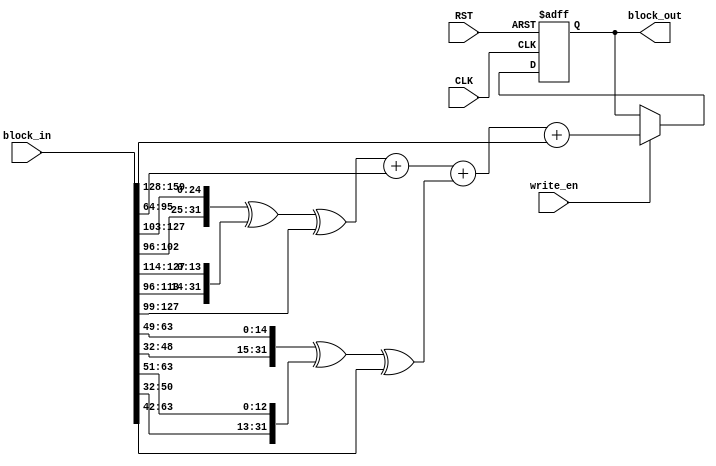
 //-------------------------------------------------------------------------------------------------//
//  Project		: SHA-2																		       //
//  Description	: Pipeline technique-based SHA512 Memory for Blockchain 			    		   //
//  Referents	: none.																		       //
//-------------------------------------------------------------------------------------------------//

module sha256_w_mem_for_pipeline_63_2(
									input 	wire			CLK,
									input	wire			RST,
									input	wire			write_en,
									input	wire	[159:0] block_in,
									output	wire	[31:0] block_out
);
	
	wire [31:0] block_out_wire;
	reg  [31:0] block_out_reg;
	always @(posedge CLK or negedge RST) 
	begin: update_event
		if(RST == 1'b0) begin
			block_out_reg <= 32'b0;
		end
		else begin
			if(write_en == 1'b1) begin
				block_out_reg <= block_out_wire;
			end
		end
	end
		
	wire [31:0] d0_256;
	wire [31:0] d1_256;
	
	wire 	[31:0]  w_i;
	
	wire 	[31:0]  w1;
	wire 	[31:0]  w2;
	wire 	[31:0]  w3;
	wire 	[31:0]  w4;
	wire 	[31:0]  w5;
	

	assign w1 = block_in[159:128];
	assign w2 = block_in[127:96];
	assign w3 = block_in[95:64];
	assign w4 = block_in[63:32];
	assign w5 = block_in[31:0];
	
	
	assign d0_256 = {w2[6:0],w2[31:7],w2[6:0],w2[31:7]}^{w2[17:0],w2[31:18],w2[17:0],w2[31:18]}^{3'b000,w2[31:3],3'b000,w2[31:3]};
	assign d1_256 = {w4[16:0],w4[31:17],w4[16:0],w4[31:17]}^{w4[18:0],w4[31:19],w4[18:0],w4[31:19]}^{10'b0000000000,w4[31:10],10'b0000000000,w4[31:10]};

	
//////

	assign w_i = d0_256 + w3 + d1_256 + w1;  

//////
	assign block_out_wire = w_i;
	
	assign block_out = block_out_reg;
	
endmodule